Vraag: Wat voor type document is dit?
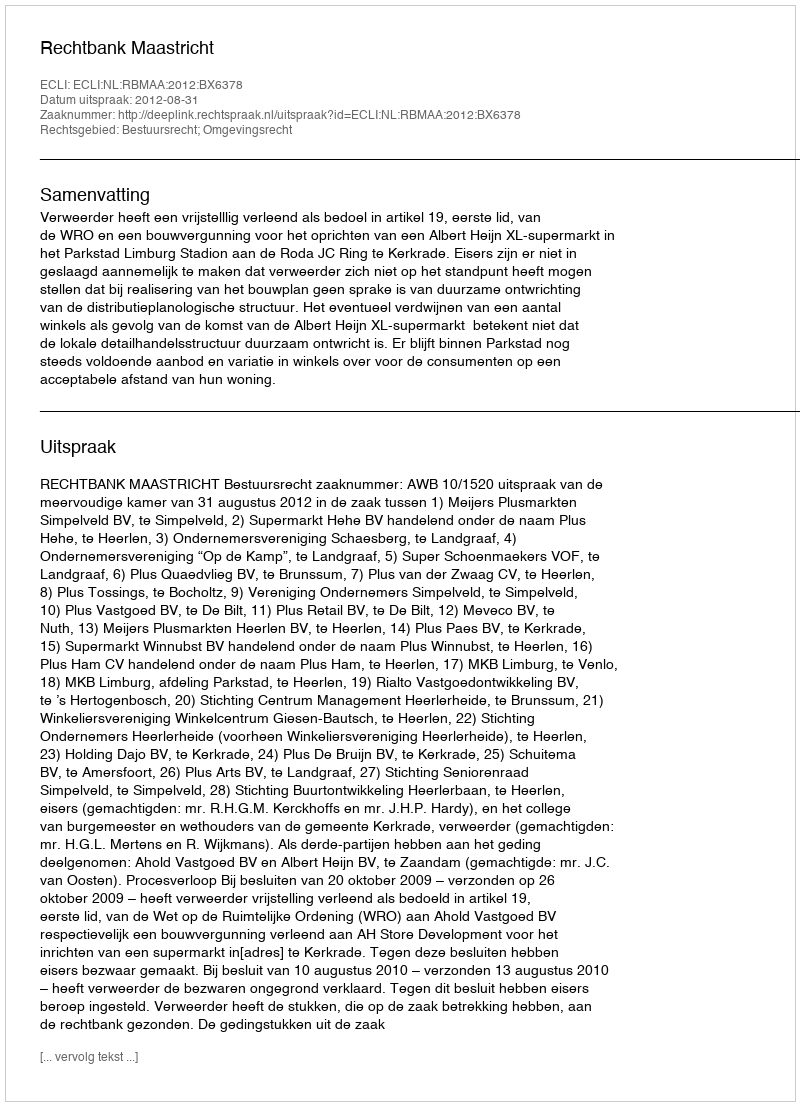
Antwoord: Uitspraak